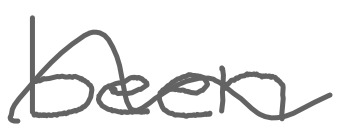
Text: been
Cross-out: wave
Writing tool: digital_gray